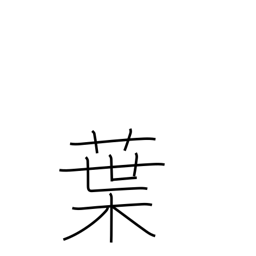
Meaning: blade